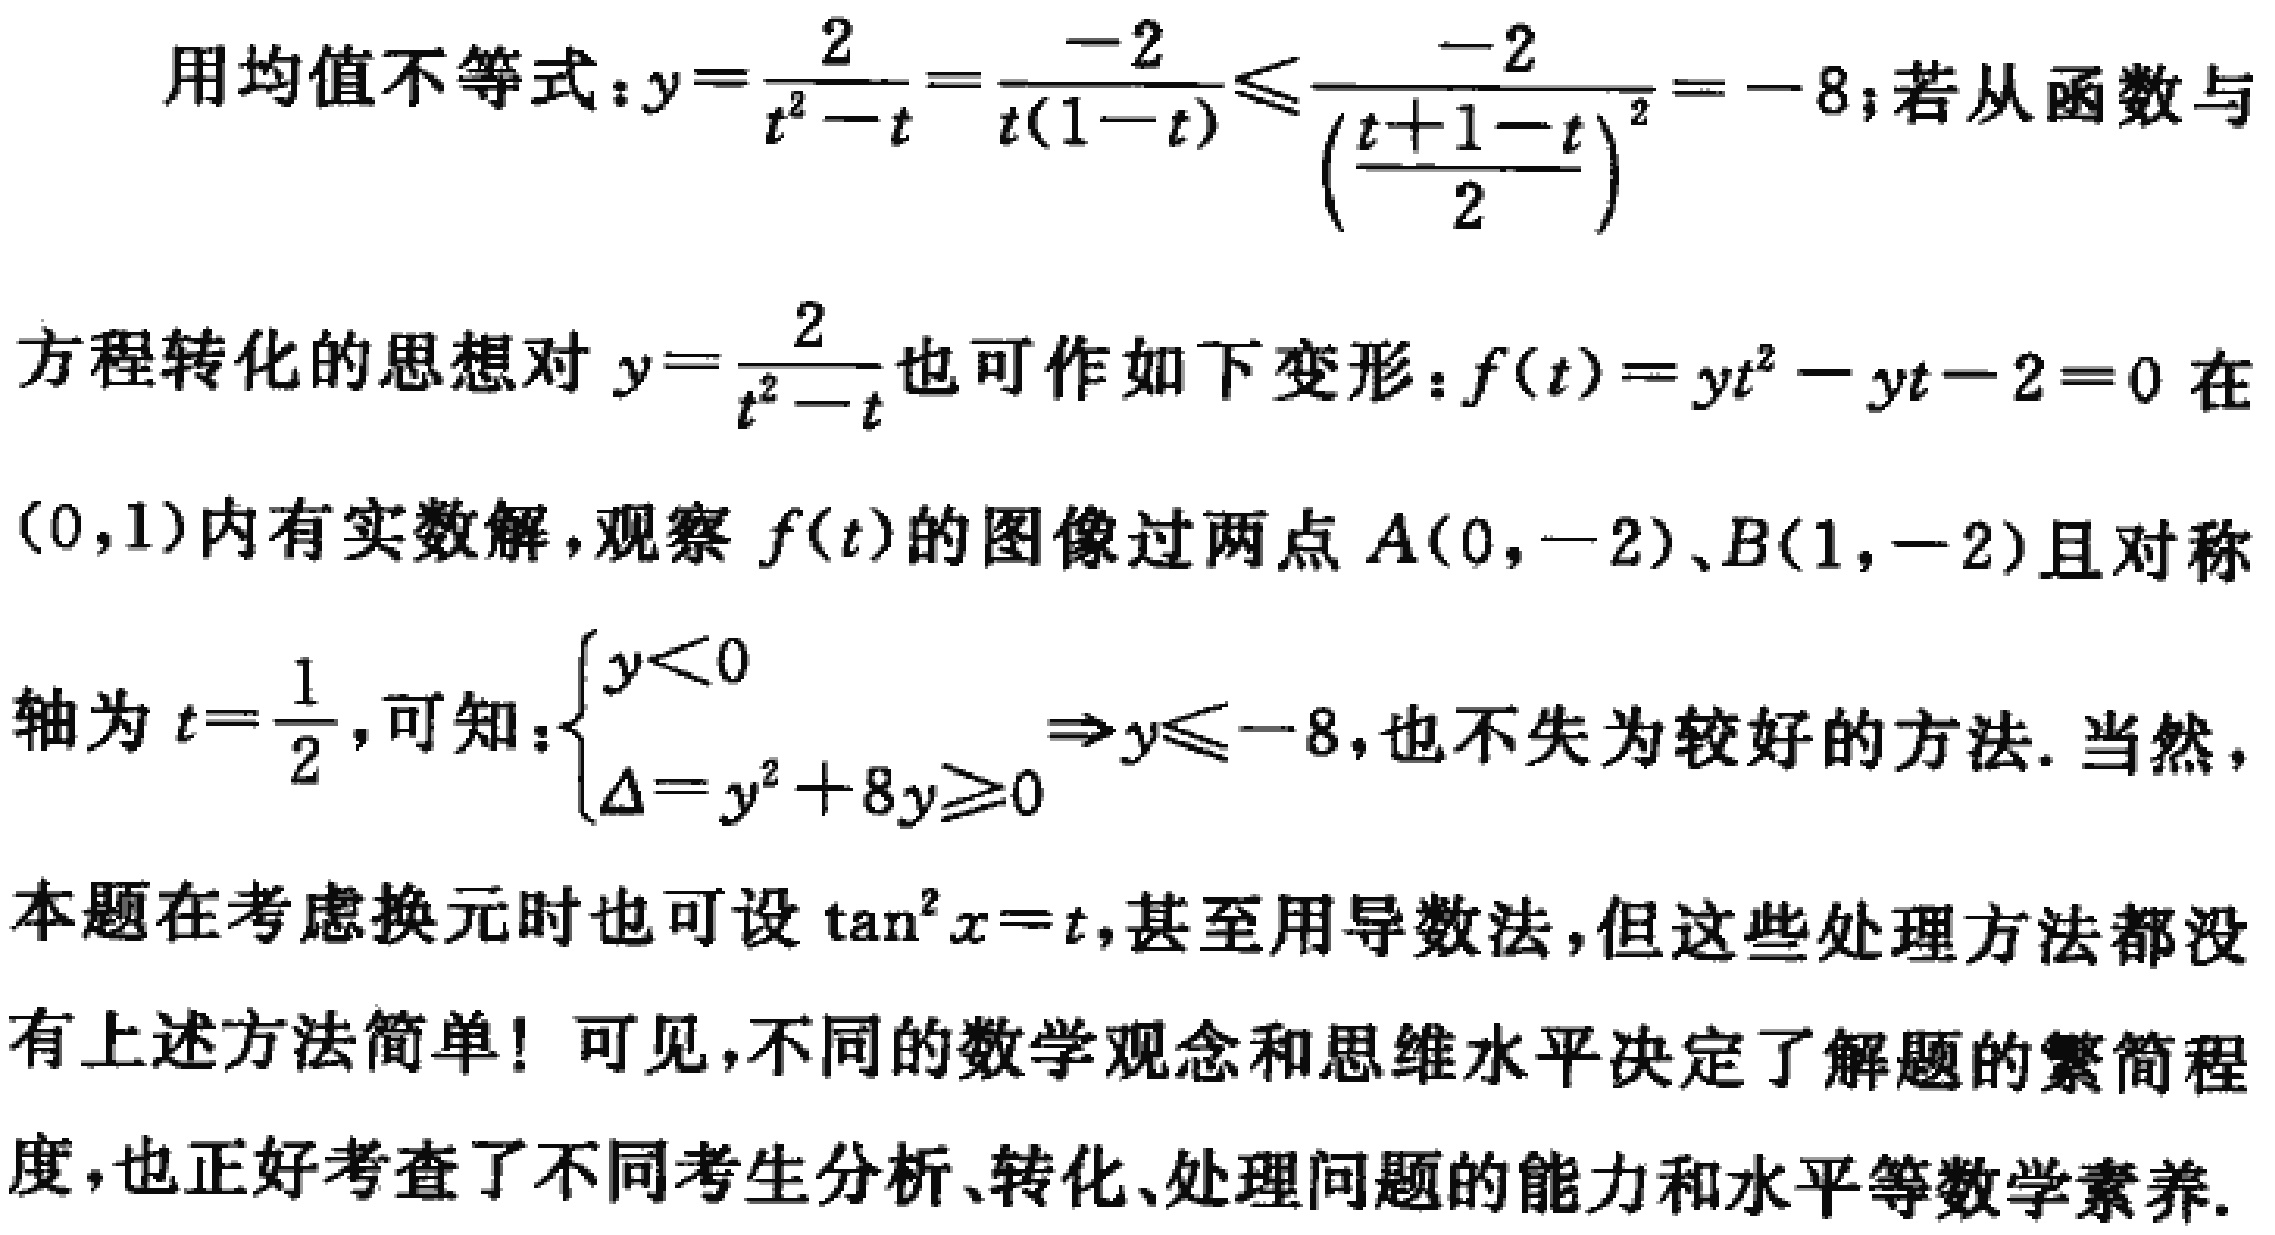
用均值不等式：\(y = \frac{2}{t^{2}-t}=\frac{-2}{t(1 - t)}\leq\frac{-2}{(\frac{t + 1 - t}{2})^{2}}=-8\)；若从函数与
方程转化的思想对\(y = \frac{2}{t^{2}-t}\)也可作如下变形：\(f(t)=yt^{2}-yt - 2 = 0\)在
\((0,1)\)内有实数解，观察\(f(t)\)的图像过两点\(A(0,-2)\)、\(B(1,-2)\)且对称
轴为\(t=\frac{1}{2}\)，可知：\(\begin{cases}y < 0\\\Delta=y^{2}+8y\geq0\end{cases}\Rightarrow y\leq - 8\)，也不失为较好的方法. 当然，
本题在考虑换元时也可设\(\tan^{2}x = t\)，甚至用导数法，但这些处理方法都没
有上述方法简单！可见，不同的数学观念和思维水平决定了解题的繁简程
度，也正好考查了不同考生分析、转化、处理问题的能力和水平等数学素养.